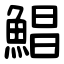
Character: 鯧